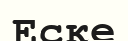
Еске